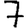
Digit: 7